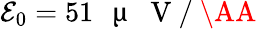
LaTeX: \mathcal{E}_{0}=51\mathrm{~\, ~\textmu~{~}~V~/~\AA~}